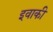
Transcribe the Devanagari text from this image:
इवाकी